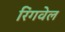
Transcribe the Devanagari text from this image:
रिंगवेल